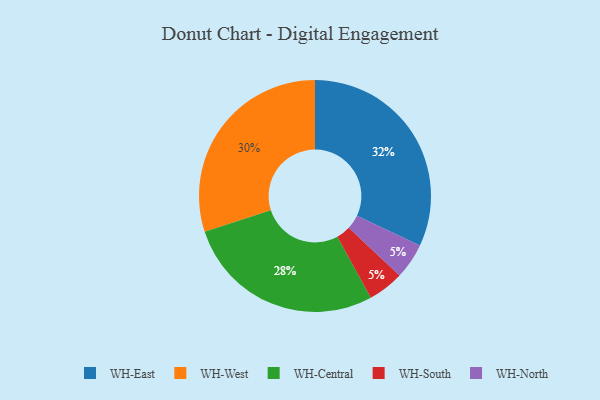
{"axis": {"x": "Category", "y": "Percentage"}, "legend": ["WH-Central", "WH-East", "WH-North", "WH-South", "WH-West"], "data": [{"x": "WH-East", "y": 32, "type": "WH-East"}, {"x": "WH-South", "y": 5, "type": "WH-South"}, {"x": "WH-West", "y": 30, "type": "WH-West"}, {"x": "WH-Central", "y": 28, "type": "WH-Central"}, {"x": "WH-North", "y": 5, "type": "WH-North"}]}